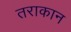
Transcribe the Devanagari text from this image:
तराकान